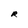
Character: R